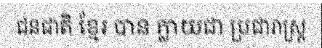
ជនជាតិ ខ្មែរ បាន ក្លាយជា ប្រជារាស្ត្រ